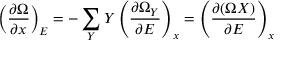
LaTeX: \left( { \frac { \partial \Omega } { \partial x } } \right) _ { E } = - \sum _ { Y } Y \left( { \frac { \partial \Omega _ { Y } } { \partial E } } \right) _ { x } = \left( { \frac { \partial ( \Omega X ) } { \partial E } } \right) _ { x }